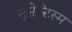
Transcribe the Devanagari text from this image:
नूसेन्टिस्म